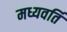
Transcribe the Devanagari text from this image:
मध्यवर्ति